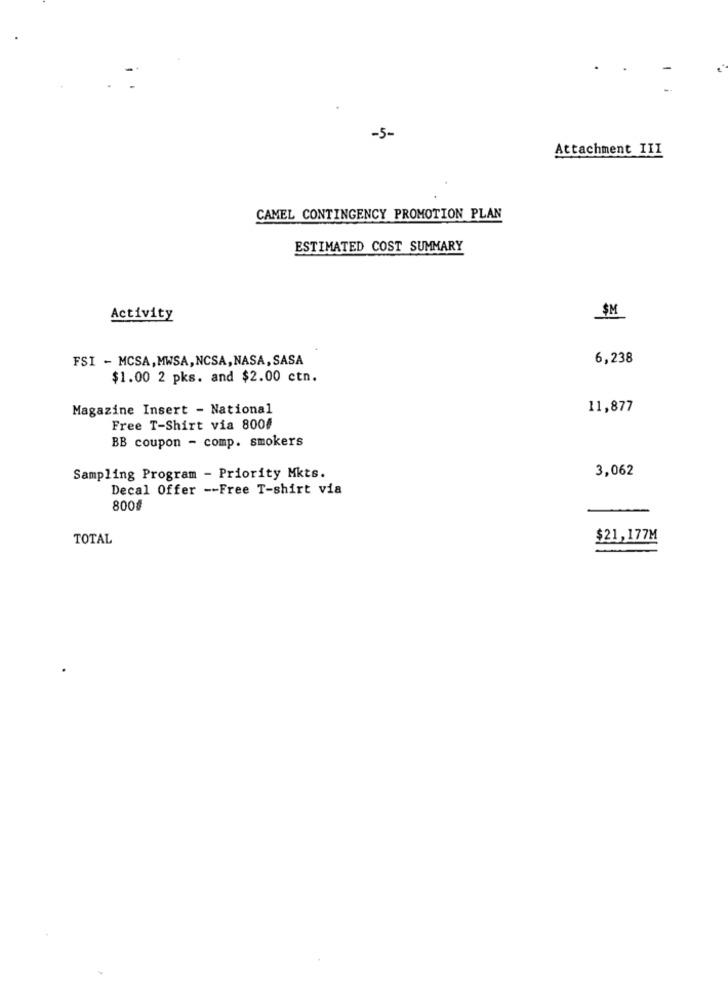
-5-
Attachment III
CAMEL CONTINGENCY PROMOTION PLAN
ESTIMATED COST SUMMARY
Activity
SM
FSI - MCSA, MWSA,NCSA, NASA,SASA
6,238
$1.00 2 pks. and $2.00 ctn.
Magazine Insert - National
11,877
Free T-Shirt via 8004
BB coupon - comp. smokers
3,062
Sampling Program - Priority Mkts.
Decal Offer -- Free T-shirt via
800₺
TOTAL
$21,177M